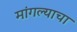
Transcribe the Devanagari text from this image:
मांगल्याचा